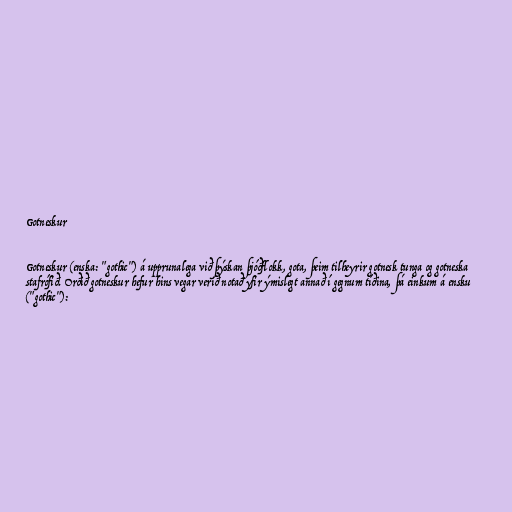
Gotneskur

Gotneskur (enska: "gothic") á upprunalega við þýskan þjóðflokk, gota, þeim tilheyrir gotnesk tunga og gotneska
stafrófið. Orðið gotneskur hefur hins vegar verið notað yfir ýmislegt annað í gegnum tíðina, þá einkum á ensku
("gothic"):